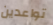
تواعدين